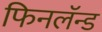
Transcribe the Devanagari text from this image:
फिनलॅन्ड